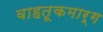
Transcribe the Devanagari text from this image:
वाहतूकमार्ग